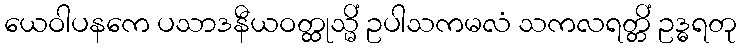
ယေဝါပနကေ ပသာဒနီယဝတ္ထုသ္မိံ ဥပါသကမလံ သကလရတ္တိံ ဥဒ္ဓရတု